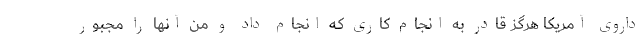
داروی آمریکا هرگز قادر به انجام کاری که انجام داد و من آنها را مجبور